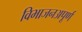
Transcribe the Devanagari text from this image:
विभाजनअपूर्ण